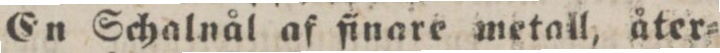
En Schalnål af finare metall, åter=